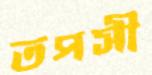
তপসী